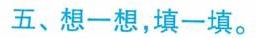
五、想一想，填一填。